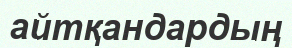
айтқандардың